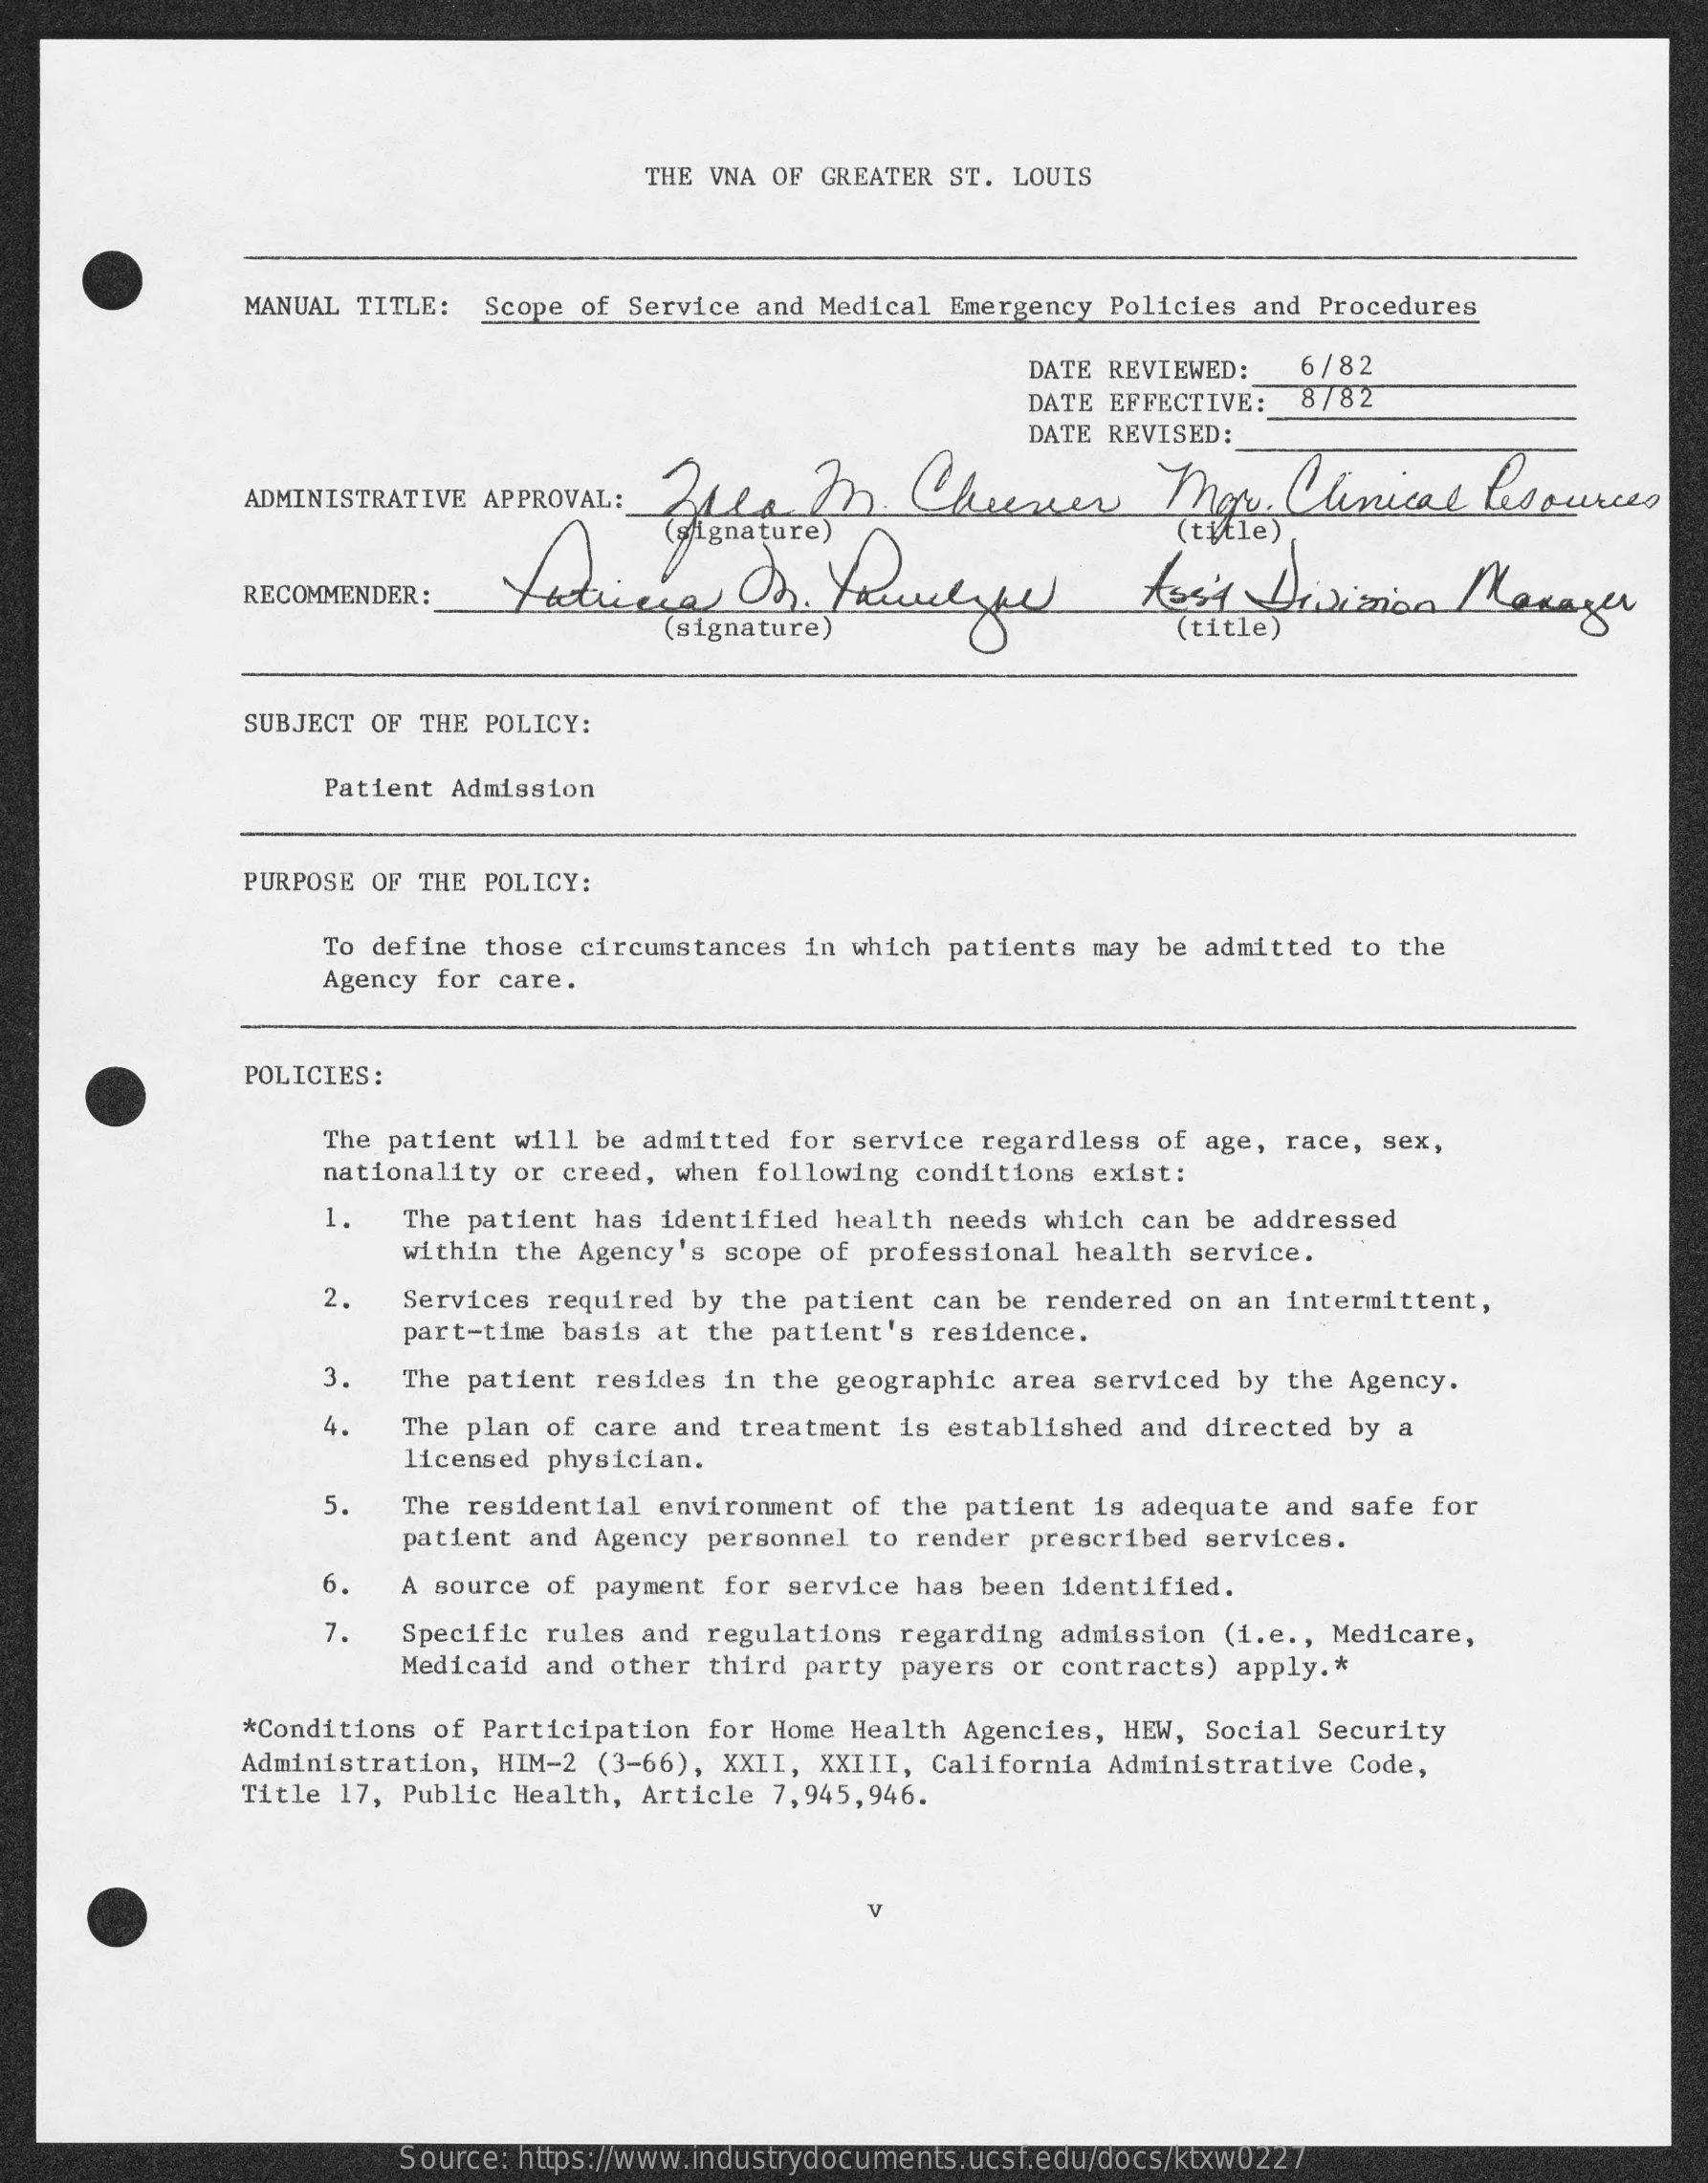
THE VNA OF GREATER ST. LOUIS
     MANUAL TITLE: Scope of Service and Medical Emergency Policies and Procedures
     DATE REVIEWED:  6/82
     DATE EFFECTIVE: 8782
     DATE REVISED:
     ADMINISTRATIVE APPROVAL :_ Alle In   Cheesser    Mor    Clinical   Resources
     RECOMMENDER :
     (title)
     SUBJECT OF THE POLICY:
     Patient Admission
     PURPOSE OF THE POLICY:
     To define those circumstances in which patients may be admitted to the
     Agency for care.
     POLICIES:
     The patient will be admitted for service regardless of age, race, sex,
     nationality or creed, when following conditions exist:
     1.  The patient has identified health needs which can be addressed
     within the Agency's scope of professional health service.
     2.  Services required by the patient can be rendered on an intermittent,
     part-time basis at the patient's residence.
     3.  The patient resides in the geographic area serviced by the Agency.
     4.  The plan of care and treatment is established and directed by a
     licensed physician.
     5.  The residential environment of the patient is adequate and safe for
     patient and Agency personnel to render prescribed services.
     6.  A source of payment for service has been identified.
     7.  Specific rules and regulations regarding admission (i.e ., Medicare,
     Medicaid and other third party payers or contracts) apply .*
     *Conditions of Participation for Home Health Agencies, HEW, Social Security
     Administration, HIM-2 (3-66), XXII, XXIII, California Administrative Code,
     Title 17, Public Health, Article 7,945,946.
     V
     Source: https://www.industrydocuments.ucsf.edu/docs/ktxw0227